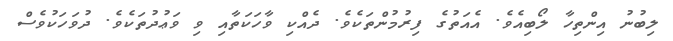
ލިބުނު އިންތިހާ ލޯބިއެވެ. އެއަތުގެ ފިރުމުންތަކެވެ. ދެއްކި ވާހަކަތާއި ވި ވަޢުދުތަކެވެ. ދުވަހަކުވެސް